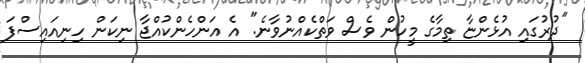
"ދުރުގައި އުޅެންޏާ ތިމާގެ މީހުން ވެސް ވަތްކެއްނުވާނެ." އެ އަންހެންކުއްޖާ ނިކަން ހިނިއައިސްފަ